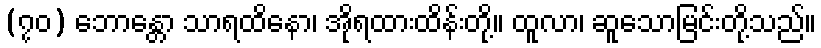
(၇၀) ဘောန္တော သာရထိနော၊ အိုရထားထိန်းတို့။ ထူလာ၊ ဆူသောမြင်းတို့သည်။